Cholera in southern India
Disease focus: Cholera
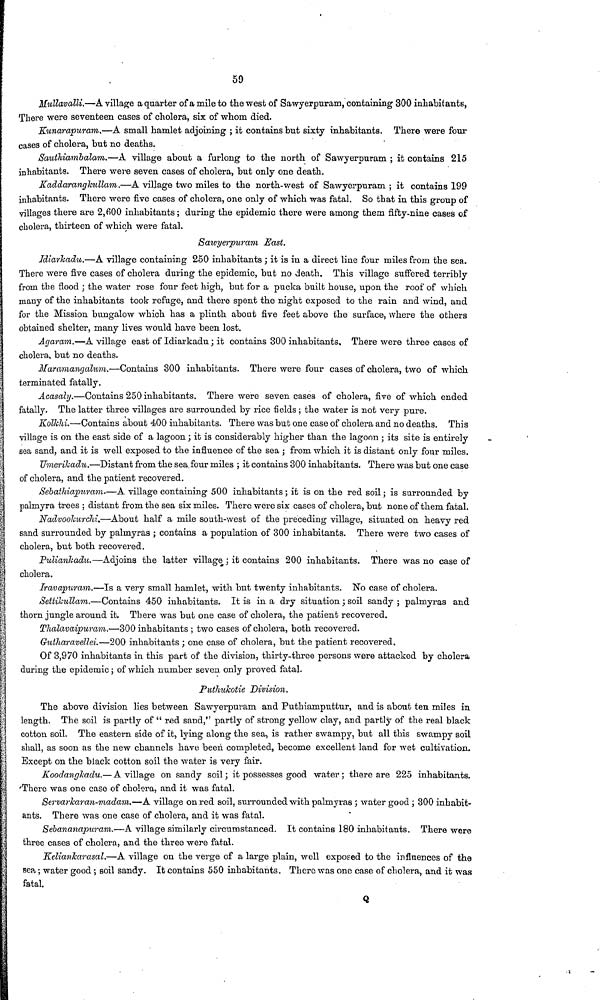
59
Mullavalli.—A village a quarter of a mile to the west of Sawyerpuram, containing 300 inhabitants,
There were seventeen cases of cholera, six of whom died.
Kwnarapuram,—A small hamlet adjoining ; it contains but sixty inhabitants. There were four
cases of cholera, but no deaths.
Sauthiambalam.—A village abont a furlong to the north of Sawyerpuram ; it contains 215
inhabitants. There were seven cases of cholera, but only one death.
Kaddaranglcullam.—A village two miles to the north-west of Sawyerpuram ; it contains 199
inhabitants. There were five cases of cholera, one only of which was fatal. So that in this group of
villages there are 2,600 inhabitants; during the epidemic there were among them fifty-nine cases of
cholera, thirteen of which were fatal.
Saioyerpuram East.
Idiarkadu.—A village containing 250 inhabitants ; it is in a direct line four miles from the sea.
There were five cases of cholera during the epidemic, but no death. This village suffered terribly
from the flood ; the water rose four feet high, but for a pucka built house, upon the roof of which
many of the inhabitants took refuge, and there spent the night exposed to the rain and wind, and
for the Mission bungalow which has a plinth about five feet above the surface, where the others
obtained shelter, many lives would have been lost.
Agaram.—A village east of Idiarkadu; it contains 300 inhabitants, There were three cases of
cholera, but no deaths.
Maramangalum.—Contains 300 inhabitants. There were four cases of cholera, two of which
terminated fatally.
Acasaly.—Contains 250 inhabitants. There were seven cases of cholera, five of which ended
fatally. The latter three villages are surrounded by rice fields ; the water is not very pure.
Kolkhi.—Contains about 400 inhabitants. There was but one case of cholera and no deaths. This
village is on the east side of a lagoon ; it is considerably higher than the lagoon ; its site is entirely
sea sand, and it is well exposed to the influence of the sea ; from which it is distant only four miles.
Umerikadu.—Distant from the sea four miles ; it contains 300 inhabitants. There was but one case
of cholera, and the patient recovered.
Sebathiapuram—A village containing 500 inhabitants ; it is on the red soil ; is surrounded by
palmyra trees ; distant from the sea six miles. There were six cases of cholera, but none of them fatal.
Nadvoolcurchi.—About half a mile south-west of the preceding village, situated on heavy red
sand surrounded by palmyras ; contains a population of 300 inhabitants. There were two cases of
cholera, but both recovered.
Puliankadu.—Adjoins the latter village ; it contains 200 inhabitants. There was no case of
cholera.
Iravapuram.—Is a very small hamlet, with but twenty inhabitants. No case of cholera.
Settikullam.—Contains 450 inhabitants. It is in a dry situation ; soil sandy ; palmyras and
thorn jungle around it. There was but one case of cholera, the patient recovered.
Thalavaipuram.—300 inhabitants ; two cases of cholera, both recovered.
Gutharavellei.—200 inhabitants ; one case of cholera, but the patient recovered.
Of 3,970 inhabitants in this part of the division, thirty-three persons were attacked by cholera
during the epidemic ; of which number seven only proved fatal.
Putlmhotie Division.
The above division lies between Sawyerpuram and Puthiamputtur, and is about ten miles in
length. The soil is partly of " red sand," partly of strong yellow clay, and partly of the real black
cotton soil. The eastern side of it, lying along the sea, is rather swampy, but all this swampy soil
shall, as soon as the new channels have been completed, become excellent land for wet cultivation.
Except on the black cotton soil the water is very fair.
Koodanglcadu.— A village on sandy soil; it possesses good water; there are 225 inhabitants.
'There was one case of cholera, and it was fatal.
Servarkaran-madam.—A village on red soil, surrounded with palmyras ; water good ; 300 inhabit-
ants. There was one case of cholera, and it was fatal.
Sebananapuram.—A village similarly circumstanced. It contains 180 inhabitants. There were
three cases of cholera, and the three were fatal.
Keliankarasal.—A village on the verge of a large plain, well exposed to the influences of the
sea ; water good ; soil sandy. It contains 550 inhabitants. There was one case of cholera, and it was
fatal.